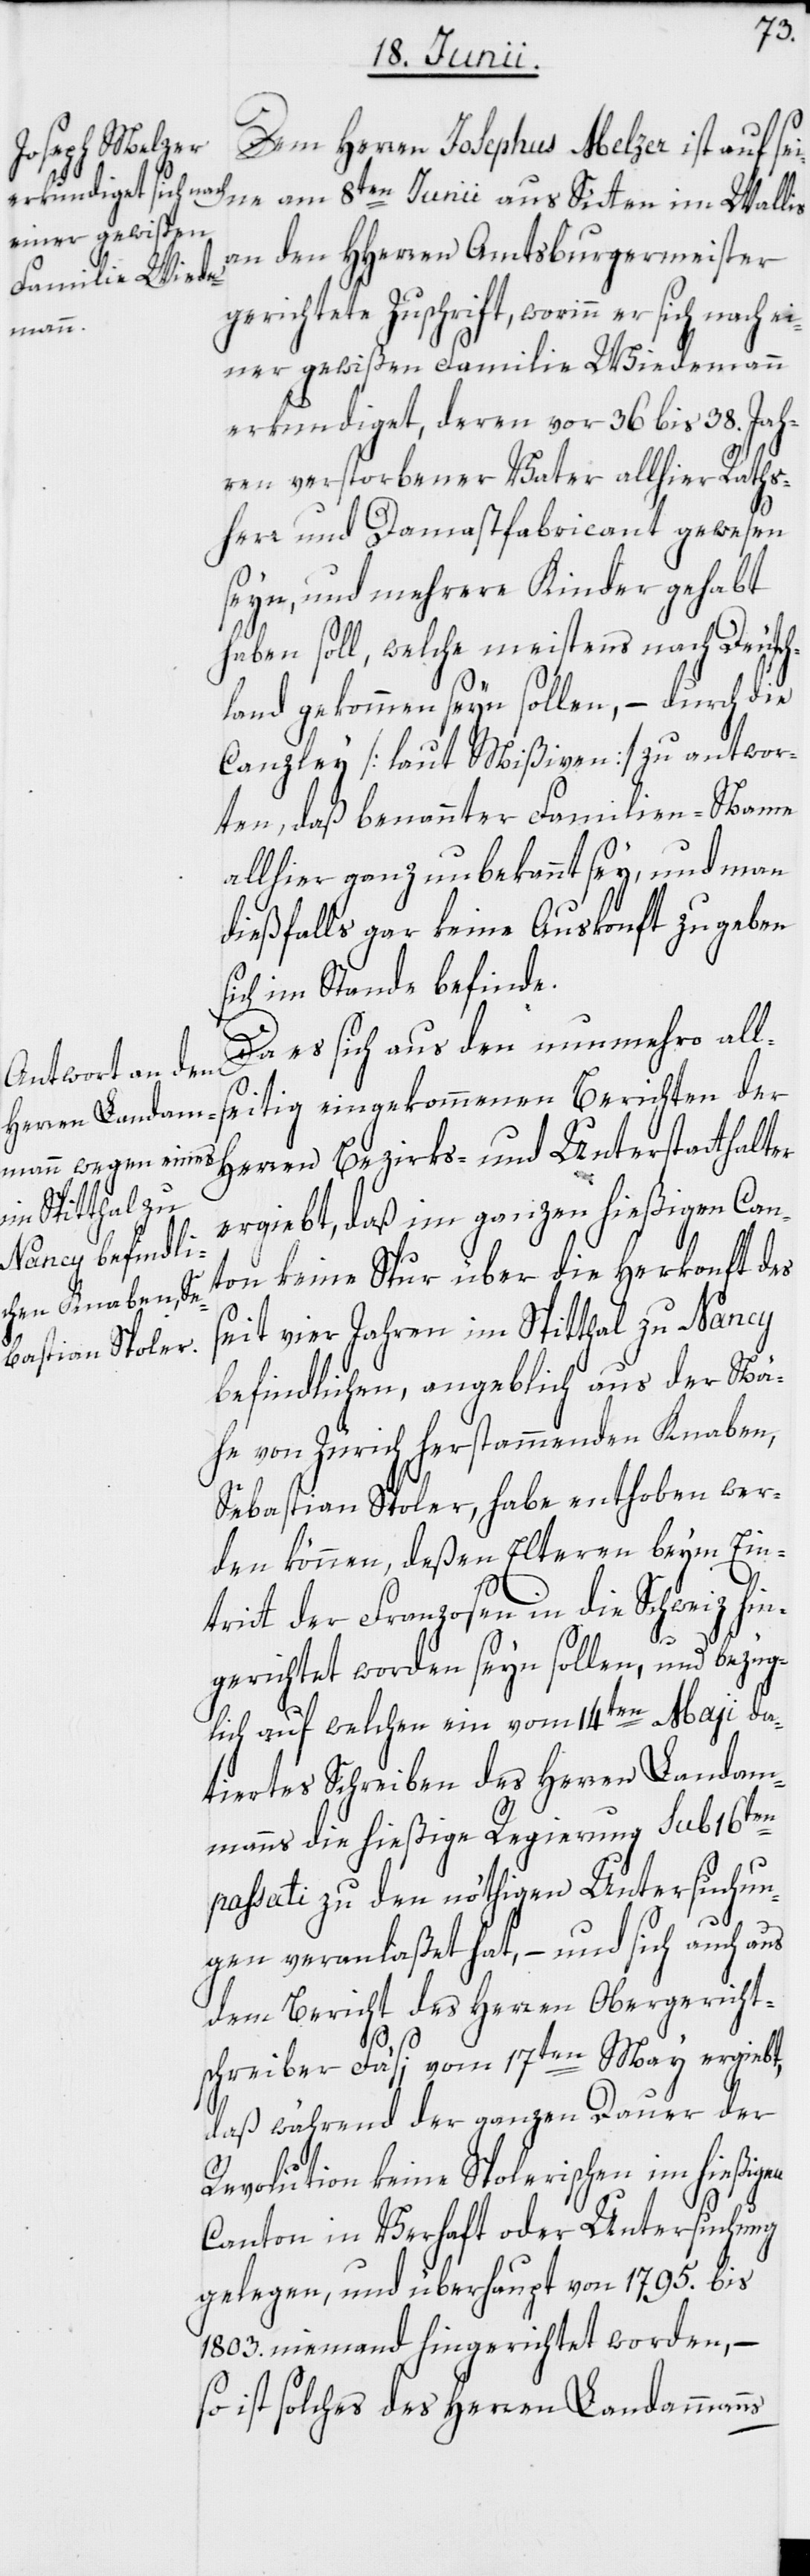
Dem Herren Josephus Melzer ist auf sei¬
ne am 8ten Junii aus Sitten im Wallis
an den HHerren Amtsburgermeister
gerichtete Zuschrift, worinn er sich
einer gewißen Familie Wiedemann
erkundiget, deren vor 36 bis 38. Jah¬
ren verstorbener Vater allhier Raths¬
herr und Damastfabricant gewesen
seyn, und mehrere Kinder gehabt
haben soll, welche meistens nach Deutsch¬
land gekommen seyn sollen, – durch die
Canzley [laut Mißiven] zu antwor¬
ten, daß benannter Familien-Name
allhier ganz unbekannt sey, und man
dießfalls gar keine Auskonft zu geben
sich im Stande befinde.
Da es sich aus den nunmehro all¬
seitig eingekommenen Berichten der
Herren Bezirks- und Unterstatthalter
ergiebt, daß im ganzen hießigen Can¬
ton keine Spur über die Herkonft des
seit vier Jahren im Spitthal zu Nancy
befindlichen, angeblich aus der Nä¬
he von Zürich herstammenden Knaben,
Sebastian Spoler, habe enthoben wer¬
den können, deßen Elteren beym Ein¬
tritt der Franzosen in die Schweiz hin¬
gerichtet worden seyn sollen, und bezüg¬
lich auf welchen ein vom 14ten Maii da¬
tiertes Schreiben des Herren Landam¬
manns die hießige Regierung sub 16ten
passati zu den nöthigen Untersuchun¬
gen veranlaßet hat, – und sich auch aus
dem Bericht des Herren Obergericht¬
schreiber Fäsi vom 17ten May ergiebt,
daß während der ganzen Dauer der
Revolution keine Spolerischen im hießigen
Canton in Verhaft oder Untersuchung
gelegen, und überhaupt von 1795. bis
1803. niemand hingerichtet worden, –
so ist solches des Herren Landammanns